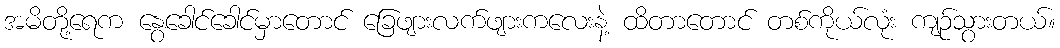
အမိတို့ရေက နွေခေါင်ခေါင်မှာတောင် ခြေဖျားလက်ဖျားကလေးနဲ့ ထိတာတောင် တစ်ကိုယ်လုံး ကျဉ်သွားတယ်။